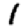
Digit: 1